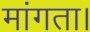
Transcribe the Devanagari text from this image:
मांगता।